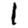
Digit: 1